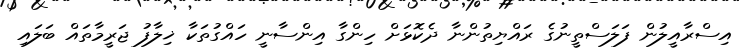
އިސްރާއީލުން ފަލަސްތީނުގެ ރައްޔިތުންނާ ދެކޮޅަށް ހިންގާ އިންސާނީ ހައްގުތަކާ ޚިލާފު ޖަރީމާތައް ބަލައި